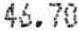
46.70